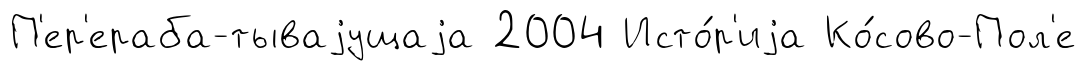
П'ер'ераба-тываjущаjа 2004 Исто́р'иjа Ко́сово-Пол'е